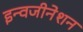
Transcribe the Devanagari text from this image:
इन्वजीनेशन